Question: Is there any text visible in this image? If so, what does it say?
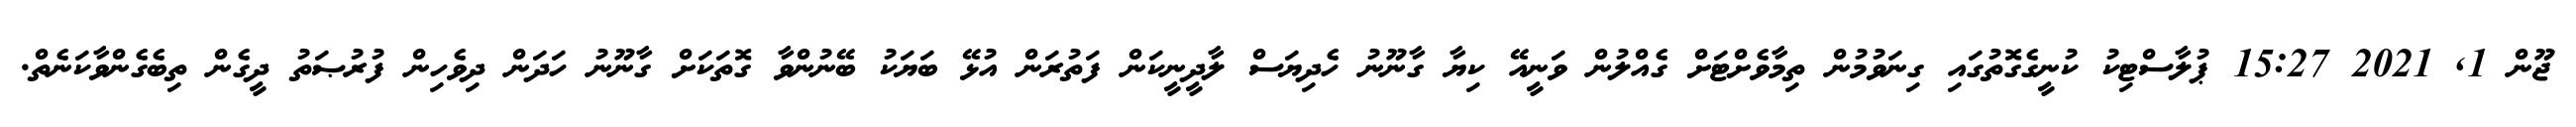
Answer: ޖޫން 1, 2021 15:27 ޕުލާސްޓިކު ކުނީގެގޮތުގައި ގިނަވުމުން ތިމާވެށްޓަށް ގެއްލުން ވަނީއޭ ކިޔާ ގާނޫނު ހެދިޔަސް ލާދީނީކަން ފަތުރަން އުޅޭ ބަޔަކު ބޭނުންވާ ގޮތަކަށް ގާނޫނު ހަދަން ދިވެހިން ފުރުޞަތު ދީގެން ތިބެގެންވާކަނެތް.